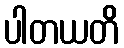
ပါတယတိ